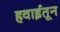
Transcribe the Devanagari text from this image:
हवाईतून